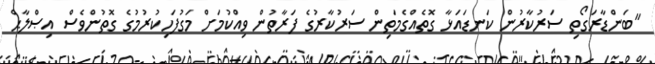
"ބަންޑާރަގޯތި ސަރުކާރުން ކަނޑައަޅާ ގޮތެއްގެމަތިން ސަރުކާރުގެ ފަރާތުން ވިއްކުމަށް މަގުފަހިކުރުމުގެ ގޮތުންވެސް އިޞްލާޙް